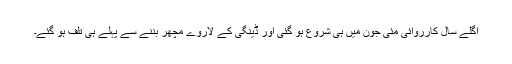
اگلے سال کارروائی مئی جون میں ہی شروع ہو گئی اور ڈینگی کے لاروے مچھر بننے سے پہلے ہی تلف ہو گئے۔